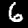
Label: 6